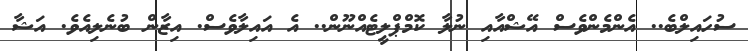
ސުހައިލްބެ.. އެންމެންވެސް އޭޝްއާއި ނުލާ ކޮމްޕްލީޓެއްނޫން.. އެ އައިލާވެސް. އިޒާން ބުނެލިއެވެ. އަޝާ